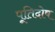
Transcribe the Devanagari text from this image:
पूतिदोष